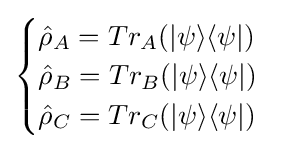
{\begin{cases}{\hat {\rho }}_{A}=Tr_{A}(|\psi \rangle \langle \psi |)\\{\hat {\rho }}_{B}=Tr_{B}(|\psi \rangle \langle \psi |)\\{\hat {\rho }}_{C}=Tr_{C}(|\psi \rangle \langle \psi |)\end{cases}}